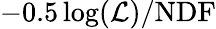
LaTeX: -0.5\log(\mathcal{L})/\mathrm{NDF}